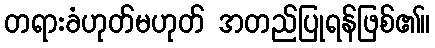
တရားခံဟုတ်မဟုတ် အတည်ပြုရန်ဖြစ်၏။